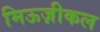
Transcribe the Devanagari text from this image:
मिऊज़ीकल